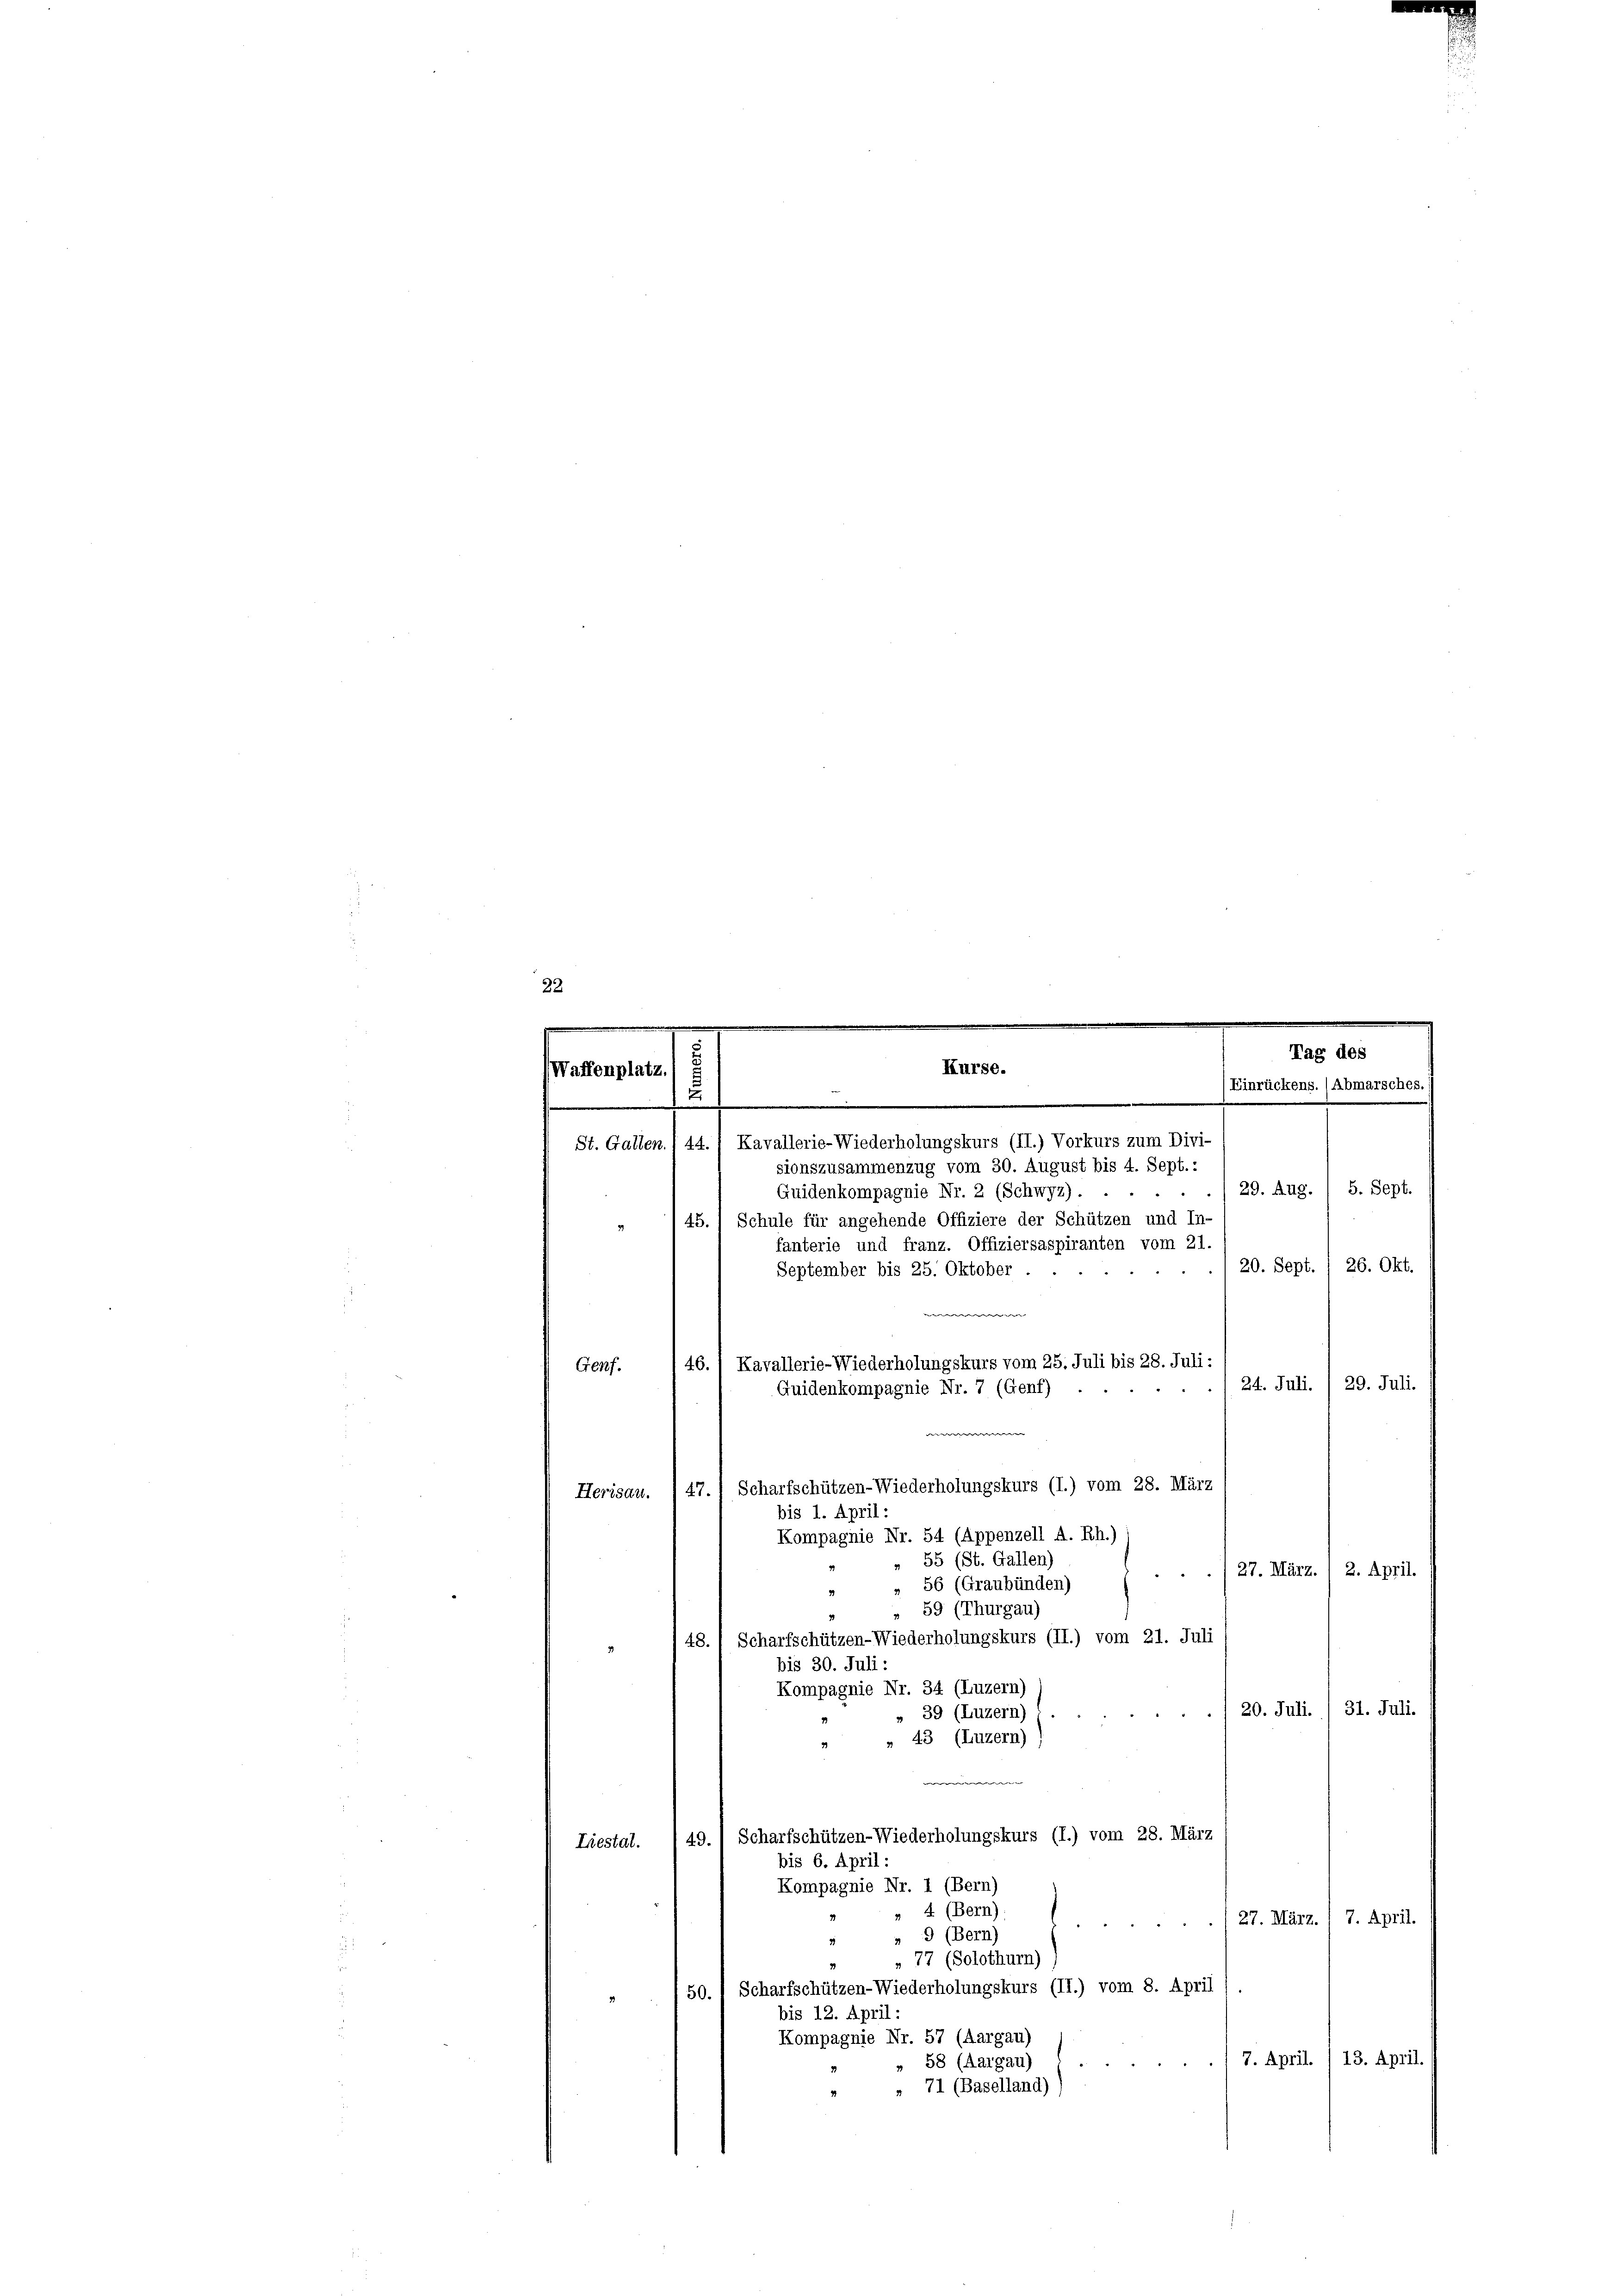
Waffenplatz.)

.
St. Gallen. 44. / Kavallerie-Wiederholungskurs (II.) Vorkurs zum Divi-
sionszusammenzug vom 30. August bis 4. Sept.:
29. Aug. / 5. Sept.
2
Quidenkompagnie Nr. 2 (Schwyz).
45. 1 Schule für angehende Offiziere der Schützen und In-
fanterie und franz. Offiziersaspiranten vom 21.
20. Sept. / 26. Okt.
September bis 25. Oktober ...
e
46./ Kavallerie-Wiederholungskurs vom 25. Juli bis 28. Juli:
Genf.
24. Juli. / 29. Juli.
Guidenkompagnie Nr. 7 (Genf) .
Herisau. ) 47.) Scharfschützen-Wiederholungskurs (I.) vom 28. März
bis 1. April:
Kompagnie Nr. 54 (Appenzell A. Rh.)
 55 (St. Gallen)
/27. März. 1 2. April.
» 56 (Graubünden)
59 (Thurgau)
Scharfschützen-Wiederholungskurs (II.) vom 21. Juli
48.
bis 30. Juli:
Kompagnie Nr. 34 (Luzern)
20. Juli. / 31. Juli.
 39 (Luzern)
» 43 (Luzern)
Liestal. (49.) Scharfschützen-Wiederholungskurs (I.) vom 28. März
bis 6. April:
Kompagnie Nr. 1 (Bern)
» 4 (Bern)
27. März. / 7. April.
 9 (Bern)
3
 77 (Solothurn)
50. 1 Scharfschützen-Wiederholungskurs (II.) vom 8. April
bis 12. April:
Kompagnie Nr. 57 (Aargau)
7. April. / 13. April.

» 58 (Aargau)
71 (Baselland)

u

Kurse.

m
Tag des
(Einrückens. (Abmarsches.